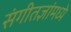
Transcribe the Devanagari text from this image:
संगीतज्ञांमध्ये